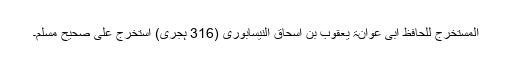
المستخرج للحافظ ابی عوانۃ یعقوب بن اسحاق النیسابوری (316 ہجری) استخرج علی صحیح مسلم۔